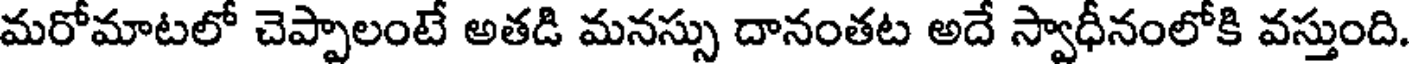
మరోమాటలో చెప్పాలంటే అతడి మనస్సు దానంతట అదే స్వాధీనంలోకి వస్తుంది